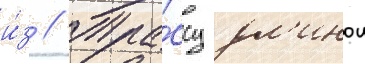
и́з // Тра́ссу дл'инои